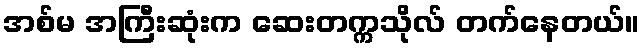
အစ်မ အကြီးဆုံးက ဆေးတက္ကသိုလ် တက်နေတယ်။